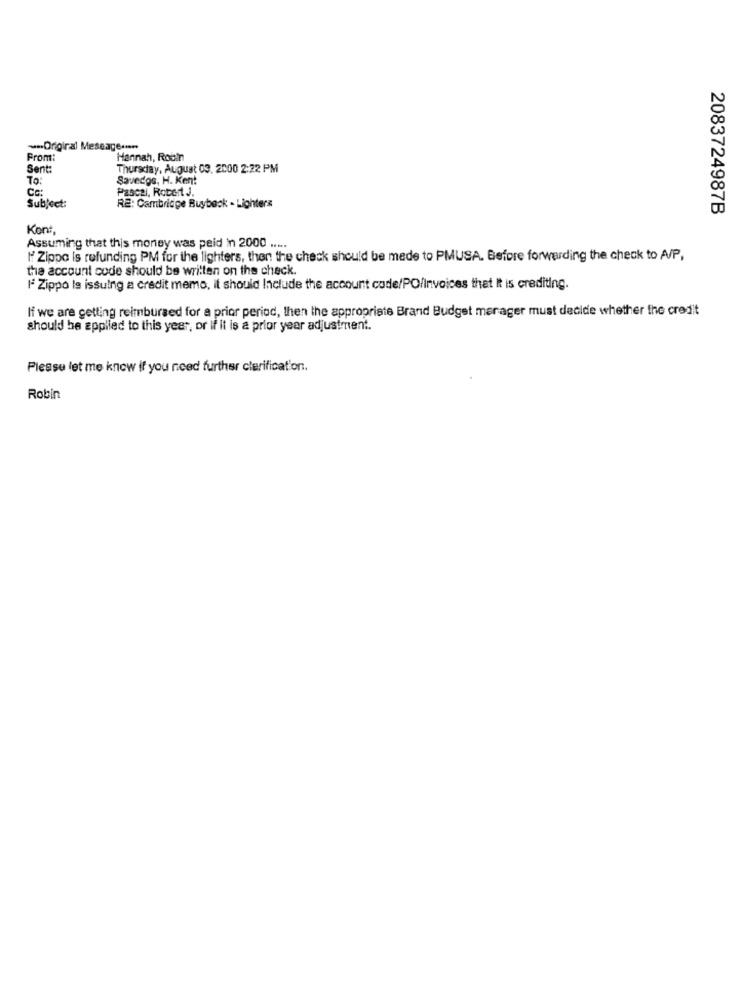
--- Original Message ...
From:
Hannah, Robin
Sent:
Thursday, August 03. 2000 2:22 PM
To:
Savedos, H. Kent
Co
Pascal, Robert J.
Subject:
RE: Cambridge Buyback - Lighters
2083724987B
Kont
Assuming that this money was peid in 2000 .....
If Zippo is refunding PM for the lighters, then the check should be made to PMUSA. Before forwarding the check to A/P,
the account code should be written on the check.
IF Zippo le issuing a credit memo, it should Include the account code/PO/Invoices that It is crediting.
If we are getting reimbursed for a prior period, then the appropriate Brand Budget merager must decide whether the credit
should be applied to this year, or if it is a prior year adjustment.
Please let me know if you need further clarification.
Robin